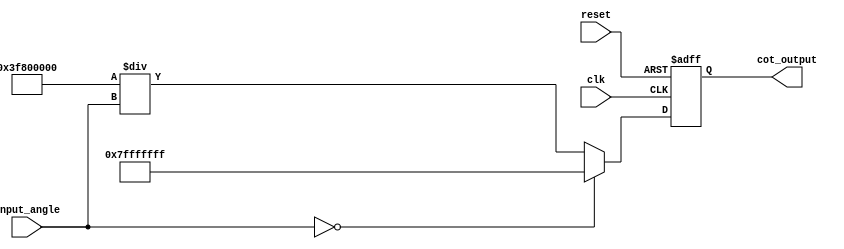
module CotangentArithmeticBlock (
    input wire [31:0] input_angle,  // Input angle in radians (32-bit floating point)
    output reg [31:0] cot_output,    // Cotangent output (32-bit floating point)
    input wire clk,
    input wire reset
);

    // Internal signals
    wire [31:0] tan_output;          // Tangent output
    reg [31:0] reciprocal;            // Reciprocal of tangent
    reg valid;                        // Valid output flag

    // Tangent Calculation Block (using a simple approximation)
    function [31:0] tan_approx;
        input [31:0] angle;
        begin
            // Simple Taylor series approximation for tangent
            // This is a placeholder; a more accurate implementation is recommended
            tan_approx = angle; // Replace with actual tangent approximation
        end
    endfunction

    // Reciprocal Calculation Block
    function [31:0] reciprocal_calc;
        input [31:0] value;
        begin
            if (value == 32'h00000000) begin
                reciprocal_calc = 32'h7FFFFFFF; // Return max value for undefined (cotangent approaching infinity)
            end else begin
                reciprocal_calc = 32'h3F800000 / value; // Simple division for reciprocal (using floating point)
            end
        end
    endfunction

    // Main computation logic
    always @(posedge clk or posedge reset) begin
        if (reset) begin
            cot_output <= 32'b0;
            valid <= 1'b0;
        end else begin
            tan_output = tan_approx(input_angle); // Compute tangent
            reciprocal = reciprocal_calc(tan_output); // Compute reciprocal of tangent
            cot_output <= reciprocal; // Output cotangent result
            valid <= 1'b1; // Indicate valid output
        end
    end

endmodule